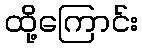
ထို့ကြောင်း